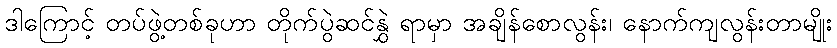
ဒါကြောင့် တပ်ဖွဲ့တစ်ခုဟာ တိုက်ပွဲဆင်နွှဲ ရာမှာ အချိန်စောလွန်း၊ နောက်ကျလွန်းတာမျိုး